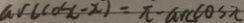
\arccos ( - x ) = \pi - \arccos x